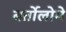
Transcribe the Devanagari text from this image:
बर्तोलोमे